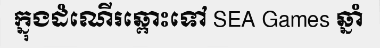
ក្នុងដំណើរឆ្ពោះទៅ SEA Games ឆ្នាំ